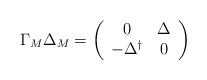
\begin{align*}\Gamma_M\Delta_M=\left(\begin{array}{cc} 0 & \Delta \\ -\Delta^{\dagger} & 0 \end{array}\right)\end{align*}